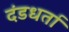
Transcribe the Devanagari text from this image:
दंडधर्ता